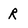
Character: R